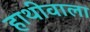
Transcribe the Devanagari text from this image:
हाथीवाला